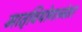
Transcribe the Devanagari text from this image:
मातृवियोगानंतर